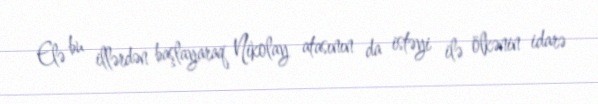
Elə bu illərdən başlayaraq Nikolay atasının da istəyi ilə ölkənin idarə